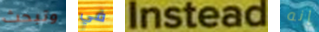
وتبحث في Instead إنه